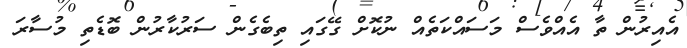
އެއިރުން ތާ އެއްވެސް މަސައްކަތެއް ނުކޮށް ގޭގައި ތިބެގެން ސަރުކާރުން ބޮޑެތި މުސާރަ